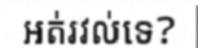
អត់រវល់ទេ?